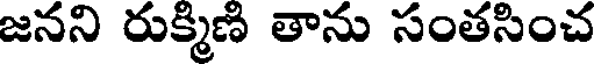
జనని రుక్మిణి తాను సంతసించ